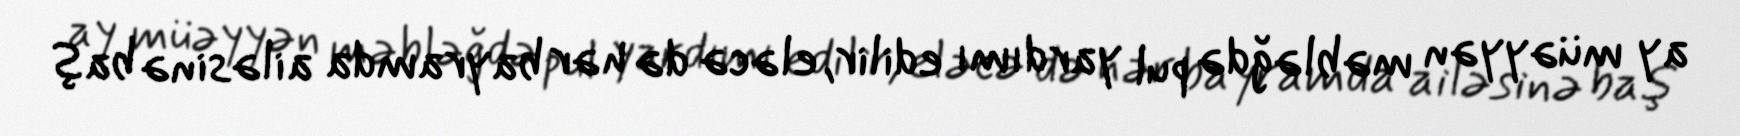
ay müəyyən məbləğdə pul yardımı edilir, eləcə də hər bayramda ailəsinə baş